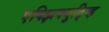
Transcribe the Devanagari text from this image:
एक्झिक्युटि्व्ह